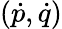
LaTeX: ({\dot{p}},{\dot{q}})